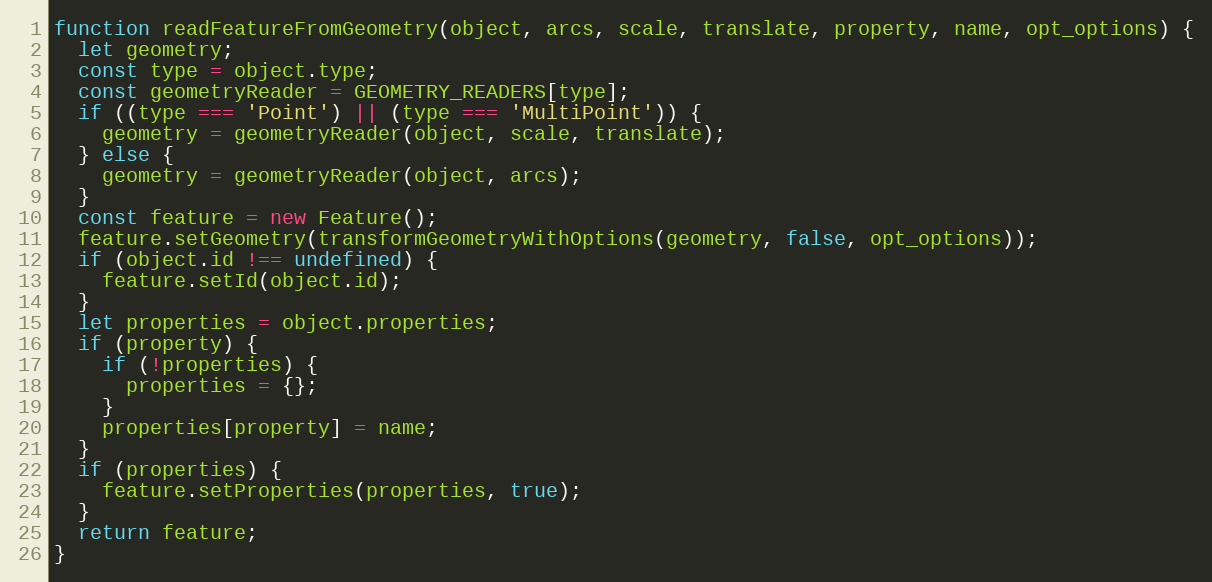
Language: JavaScript
function readFeatureFromGeometry(object, arcs, scale, translate, property, name, opt_options) {
  let geometry;
  const type = object.type;
  const geometryReader = GEOMETRY_READERS[type];
  if ((type === 'Point') || (type === 'MultiPoint')) {
    geometry = geometryReader(object, scale, translate);
  } else {
    geometry = geometryReader(object, arcs);
  }
  const feature = new Feature();
  feature.setGeometry(transformGeometryWithOptions(geometry, false, opt_options));
  if (object.id !== undefined) {
    feature.setId(object.id);
  }
  let properties = object.properties;
  if (property) {
    if (!properties) {
      properties = {};
    }
    properties[property] = name;
  }
  if (properties) {
    feature.setProperties(properties, true);
  }
  return feature;
}